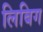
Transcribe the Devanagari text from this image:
लिबिग